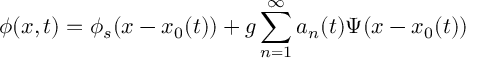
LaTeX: \phi ( x , t ) = \phi _ { s } ( x - x _ { 0 } ( t ) ) + g \sum _ { n = 1 } ^ { \infty } a _ { n } ( t ) \Psi ( x - x _ { 0 } ( t ) )